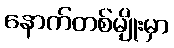
နောက်တစ်မျိုးမှာ